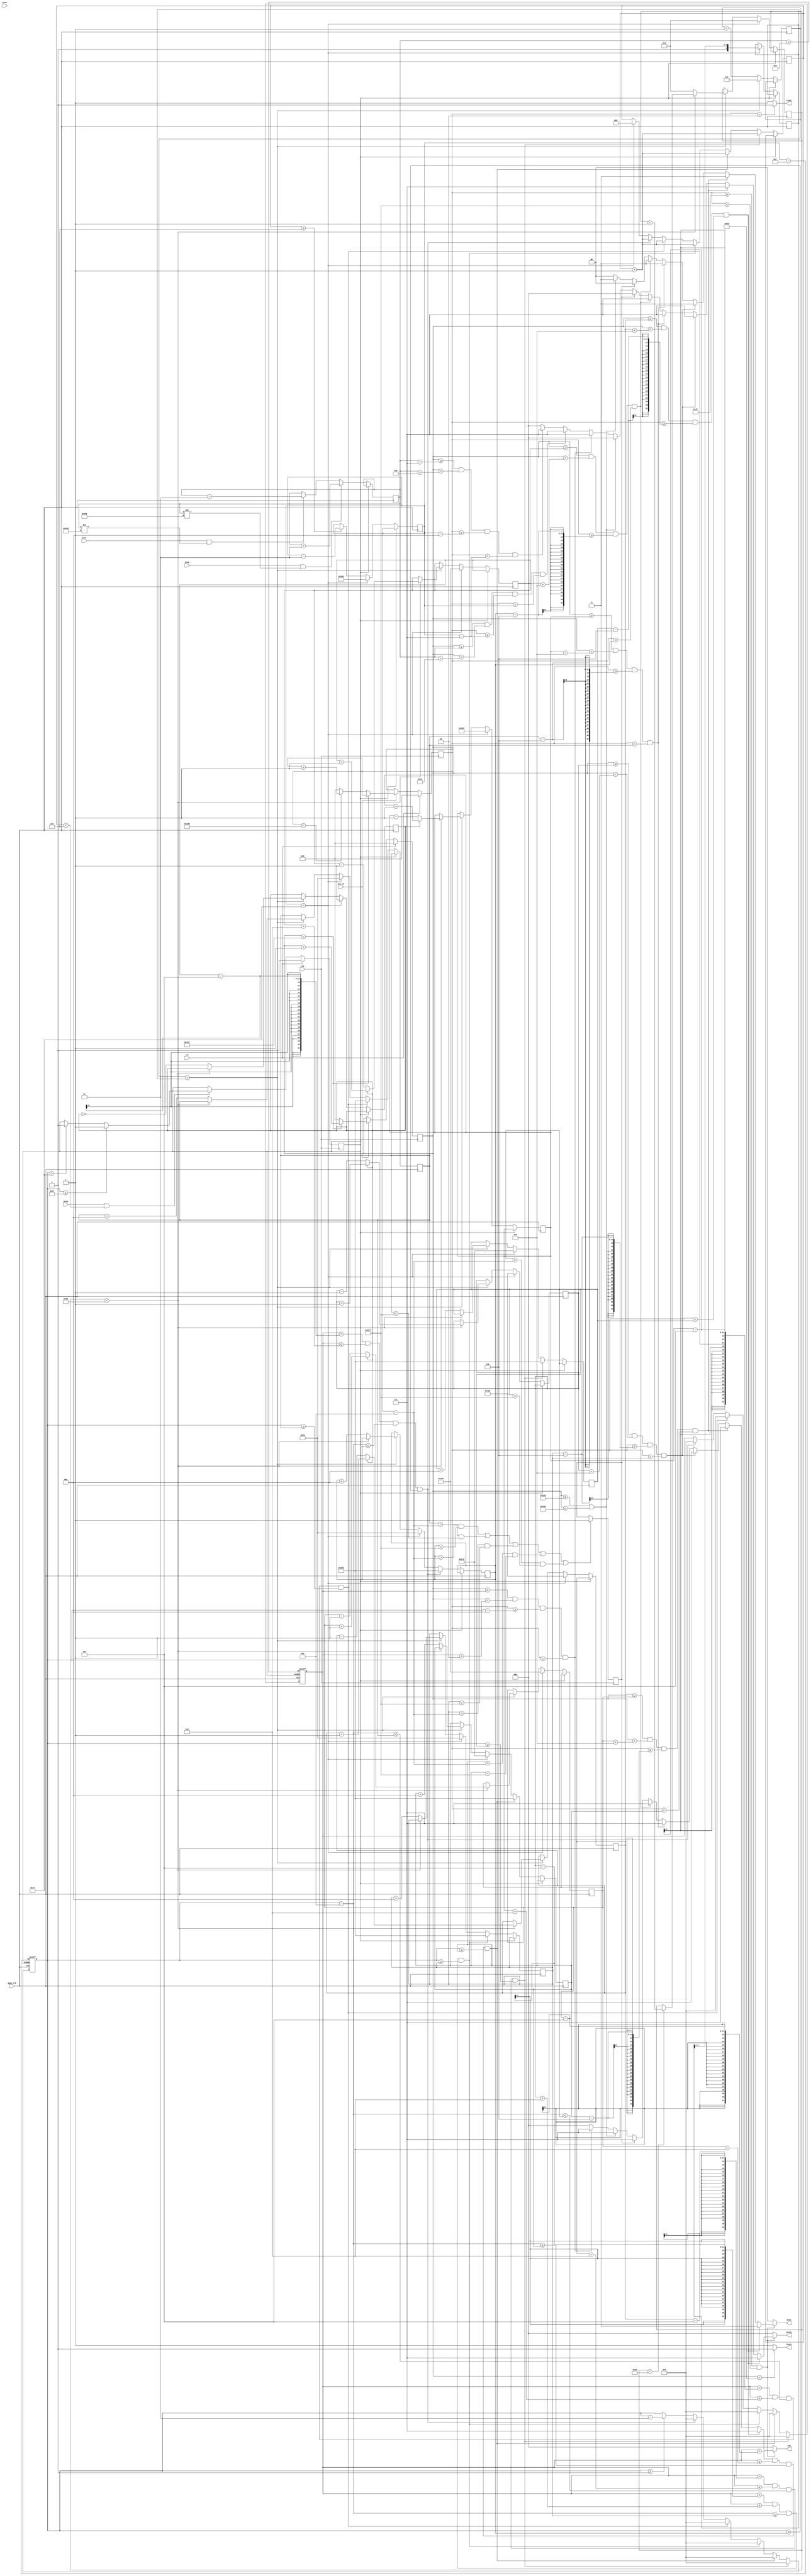
module vga640x480(
	input wire pix_en,		//pixel clock: 25MHz
	input wire game_clk,
	input wire clk,			//100MHz
	input wire rst,			//asynchronous reset
	input wire btnS,
	input wire btnU,
	input wire btnL,
	input wire btnR,
	output wire hsync,		//horizontal sync out
	output wire vsync,		//vertical sync out
	output reg [2:0] red,	//red vga output
	output reg [2:0] green, //green vga output
	output reg [1:0] blue	//blue vga output
	);

// video structure constants
parameter hpixels = 800;
parameter vlines = 521;  
parameter hpulse = 96; 	
parameter vpulse = 2; 	// 
parameter hbp = 144; 	// end of horizontal back porch
parameter hfp = 784; 	// beginning of horizontal front porch
parameter vbp = 31; 		// end of vertical back porch
parameter vfp = 511; 	// beginning of vertical front porch




parameter numbrickss = 5;
parameter winningScore = numbrickss * 10;
parameter topBarPos = 200 + vbp;
parameter leftBarPos = hbp + 200;
parameter rightBarPos = hfp - 200;

integer playerPosY = -70 + vfp;
integer playerPosX = 320 + hbp;
integer bulletPosX = 0;
integer bulletPosY = 0;

integer score = 0;

reg [10:0] bricksPosXArray[0:numbrickss-1];
reg [10:0] bricksPosYArray[0:numbrickss-1];


// For bricks movement.
reg[7:0] bricksTranslationCnt = 0;
reg[12:0] translation = 0;
reg[3:0] deadbrickss = 2;
reg bricksRight = 1;
reg[3:0] bricksSpeed = 'b0110; 




initial
begin
	bricksPosXArray[0] = 200 + hbp;
	bricksPosXArray[1] = 240 + hbp;
	bricksPosXArray[2] = 280 + hbp;
	bricksPosXArray[3] = 200 + hbp;
	bricksPosXArray[4] = 280 + hbp;

	bricksPosYArray[0] = 220 + vbp;
	bricksPosYArray[1] = 220 + vbp;
	bricksPosYArray[2] = 220 + vbp;
	bricksPosYArray[3] = 600;//250 + vbp;
	bricksPosYArray[4] = 600;//250 + vbp;
	
end



// registers for storing the horizontal & vertical counters
reg [9:0] hc;
reg [9:0] vc;

// flags
reg spawnBullet;
reg gameover = 0;


// iterators
reg[6:0] i;
reg[6:0] j;
reg[6:0] k;

always @(posedge clk)
begin
	if(btnU 	&& deadbrickss < numbrickss)
		if(bulletPosY <= topBarPos)
			spawnBullet <= 1;
	else if (bulletPosY > vbp)
		spawnBullet <= 0;
	
	// If brickss touch player then he dies.
	if(bricksPosYArray[0] > playerPosY - 8 && bricksPosYArray[0] < vfp ||
		bricksPosYArray[1] > playerPosY - 8 && bricksPosYArray[1] < vfp ||
	   bricksPosYArray[2] > playerPosY - 8 && bricksPosYArray[2] < vfp || 
	   bricksPosYArray[3] > playerPosY - 8 && bricksPosYArray[3] < vfp ||
	   bricksPosYArray[4] > playerPosY - 8 && bricksPosYArray[4] < vfp)
		gameover <= 1;
	
	// reset condition
	if (rst == 1)
	begin
		hc <= 0;
		vc <= 0;
		spawnBullet <= 0;
		
	end
	else if (pix_en == 1)
	begin
		// keep counting until the end of the line
		if (hc < hpixels - 1)
			hc <= hc + 1;
		else
		begin
			hc <= 0;
			if (vc < vlines - 1)
				vc <= vc + 1;
			else
				vc <= 0;
		end
	end

end

always @(posedge game_clk or posedge spawnBullet)
begin

	if(spawnBullet)
	begin
		bulletPosX <= playerPosX + 9;
		bulletPosY <= playerPosY - 7;
	end 
   else 
	begin
		bricksTranslationCnt <= bricksTranslationCnt + 1;
		if(bricksTranslationCnt == bricksSpeed) //1)
		begin
			if(translation < 150)
				translation <= translation + 1;
			bricksTranslationCnt <= 0;
			for(k = 0; k < numbrickss; k = k + 1)
			begin
				if(translation < 144)
				begin	
					 // Putting this line here makes the synthesis take forever for some reason.
					if(bricksRight)
						bricksPosXArray[k] <= bricksPosXArray[k] + 1;
					else
						bricksPosXArray[k] <= bricksPosXArray[k] - 1;
				end
				else // Move brickss down.
				begin
					translation <= 0;
					bricksRight <= ~bricksRight;
					bricksPosYArray[k] <= bricksPosYArray[k] + 10;
				end
			end
		end
				
		if(btnL && playerPosX != leftBarPos) // Move left.
			playerPosX <= playerPosX - 1;
		if(btnR && playerPosX != rightBarPos - 18) // Move right.
			playerPosX <= playerPosX + 1;
			
		// When player wins, travel upwards.
		if(deadbrickss >= numbrickss)
			playerPosY <= playerPosY - 1;
			
		// Advance to next level once the player reaches the top.
		if(playerPosY < vbp)
		begin
			bricksPosXArray[0] <= 200 + hbp;
			bricksPosXArray[1] <= 240 + hbp;
			bricksPosXArray[2] <= 280 + hbp;
			bricksPosXArray[3] <= 200 + hbp;
			bricksPosXArray[4] <= 280 + hbp;

			bricksPosYArray[0] <= 220 + vbp;
			bricksPosYArray[1] <= 220 + vbp;
			bricksPosYArray[2] <= 220 + vbp;
			bricksPosYArray[3] <= 250 + vbp;
			bricksPosYArray[4] <= 250 + vbp;
			
			playerPosY <= -70 + vfp;
			
			deadbrickss <= 0;
			translation <= 0;
			bricksRight <= 1;
			bricksSpeed <= bricksSpeed >> 1;
		end
			
		if(bulletPosY >= 0)
			bulletPosY <= bulletPosY - 1;
			
		// Kill bricks once it comes into contact with a bullet.
		for(j = 0; j < numbrickss; j = j + 1)
		begin
			if(bulletPosX > bricksPosXArray[j] - 4 && bulletPosX <= bricksPosXArray[j] + 14 &&
					bulletPosY - 8 <= bricksPosYArray[j] && bulletPosY >= bricksPosYArray[j])
			begin
				bricksPosYArray[j] <= 600;
				bulletPosY <= 0;
				bulletPosX <= 0;
				score <= score + 10;
				deadbrickss <= deadbrickss + 1;
			end
		end
	end
end

assign hsync = (hc < hpulse) ? 0:1;
assign vsync = (vc < vpulse) ? 0:1;


always @(*)
begin
	
	// first check if we're within vertical active video range
	if (vc >= vbp && vc < vfp)
	begin
		if(gameover)
		begin
			red = 3'b111;
			green = 3'b000;
			blue = 2'b00;
		end
		// Draw purple bars at the sides of the screen.
		else if(hc >= rightBarPos || hc <= leftBarPos)
		begin
			red = 3'b111;
			green = 3'b000;
			blue = 2'b11;
		end
		// Draw bullet.
		else if (hc >= (bulletPosX) && hc < (bulletPosX + 2)
			&& vc >= (bulletPosY - 10) && vc < (bulletPosY))
		begin
			red = 3'b111;
			green = 3'b111;
			blue = 2'b000;
		end
		// Draw player sprite.
		else if (hc >= (playerPosX) && hc < (playerPosX + 18)
				&& vc >= (playerPosY - 7) && vc < (playerPosY))
		begin
			red = 3'b000;
			green = 3'b111;
			blue = 2'b00;
		end
		
		else if (hc >= (playerPosX + 7) && hc < (playerPosX + 11)
				&& vc >= (playerPosY - 10) && vc < (playerPosY - 7))
		begin
			red = 3'b000;
			green = 3'b111;
			blue = 2'b00;
		end
		else
		// Draw black.
		begin
			red = 3'b000;
			green = 3'b000;
			blue = 2'b00;
		end
		
		
		
		// Now draw bricks
		for(i = 0; i < numbrickss; i = i + 1)
		begin
				if(hc >= bricksPosXArray[i] && hc < bricksPosXArray[i] + 9 &&
            vc >= bricksPosYArray[i] - 6 && vc < bricksPosYArray[i])
				
				begin
					red = 3'b111;
					green = 3'b111;
					blue = 2'b11;
				end
			end
		
	end
	// we're outside active vertical range so display black
	else
	begin
		red = 0;
		green = 0;
		blue = 0;
	end
	
end

endmodule